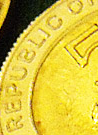
REPUBLIC O